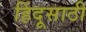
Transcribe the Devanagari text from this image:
हिंदूसाठी